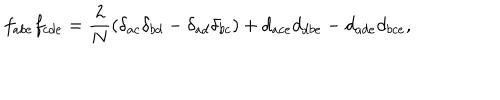
f _ { a b e } f _ { c d e } = \frac { 2 } { N } \left( \delta _ { a c } \delta _ { b d } - \delta _ { a d } \delta _ { b c } \right) + d _ { a c e } d _ { d b e } - d _ { a d e } d _ { b c e } ,